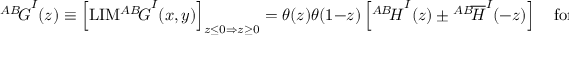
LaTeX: { ^ { A B } \! G } ^ { I } ( z ) \equiv \left[ \mathrm { L I M } { ^ { A B } \! G } ^ { I } ( x , y ) \right] _ { z \le 0 \Rightarrow z \ge 0 } = \theta ( z ) \theta ( 1 - z ) \left[ { ^ { A B } \! H } ^ { I } ( z ) \pm { ^ { A B } \! \overline { { H } } } ^ { I } ( - z ) \right] \quad \mathrm { f o r } \quad \left\{ { I = A \atop I = V } \right. ,